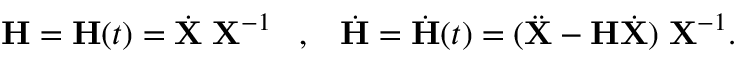
{ \mathbf H } = { \mathbf H } ( t ) = \dot { { \mathbf X } } \; { \mathbf X } ^ { - 1 } \; \; \; , \; \; \; \dot { { \mathbf H } } = \dot { { \mathbf H } } ( t ) = ( \ddot { { \mathbf X } } - { \mathbf H } \dot { { \mathbf X } } ) \; { \mathbf X } ^ { - 1 } .